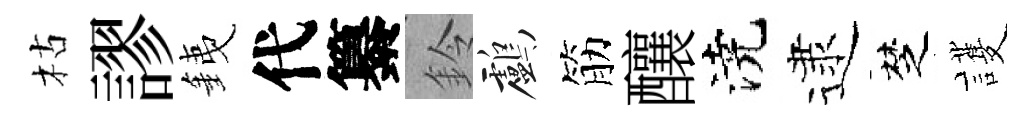
枯謬銕代纂鈴鸕筋釀澆逮椘護